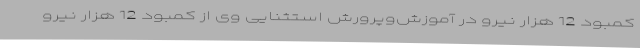
کمبود 12 هزار نیرو در آموزش‌وپرورش استثنایی وی از کمبود 12 هزار نیرو